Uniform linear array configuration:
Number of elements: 24
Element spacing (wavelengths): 1
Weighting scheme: binomial
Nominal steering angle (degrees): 30
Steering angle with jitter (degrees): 30.405
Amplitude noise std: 0.05
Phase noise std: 0.05

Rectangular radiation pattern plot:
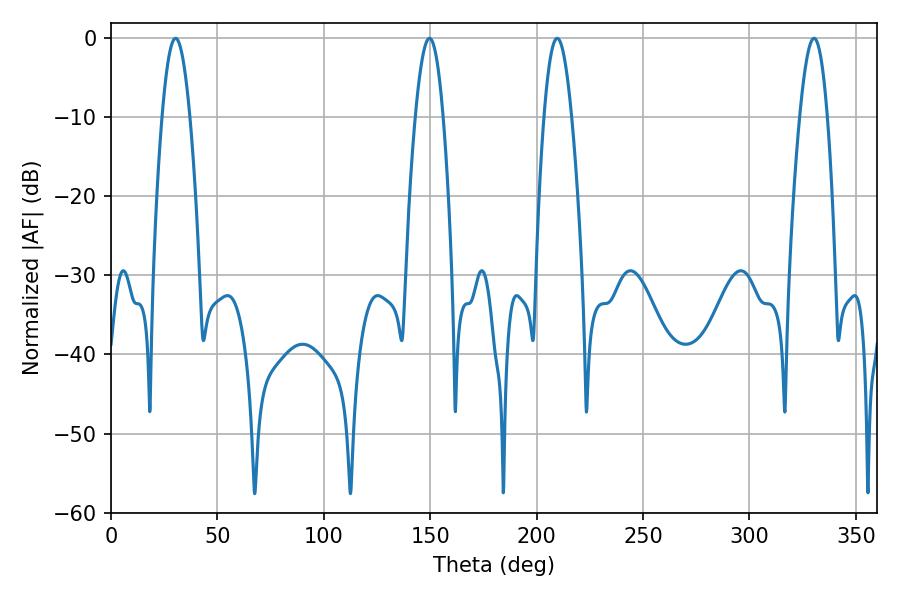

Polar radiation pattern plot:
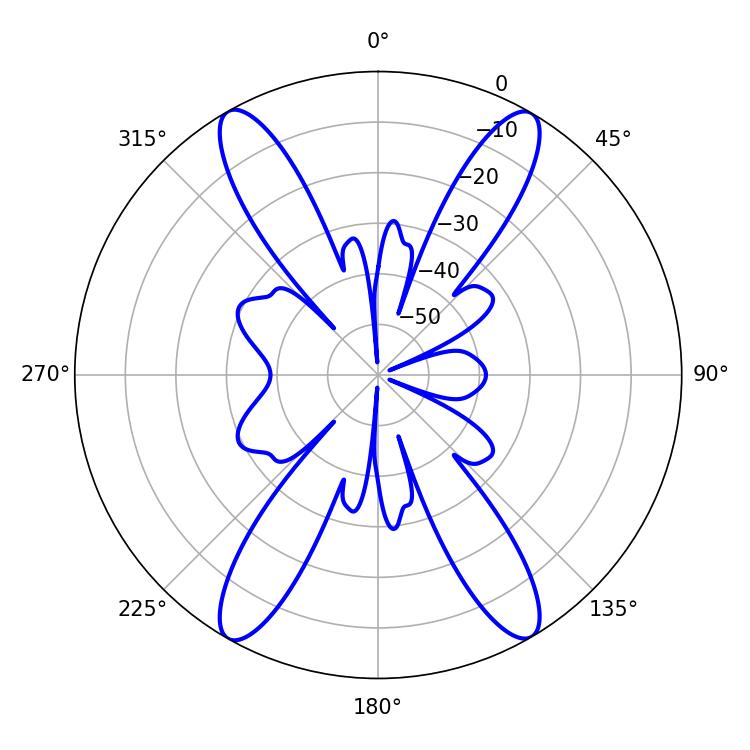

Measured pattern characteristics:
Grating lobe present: TRUE
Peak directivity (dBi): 28.443
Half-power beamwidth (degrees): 7.02
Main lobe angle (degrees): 209.7